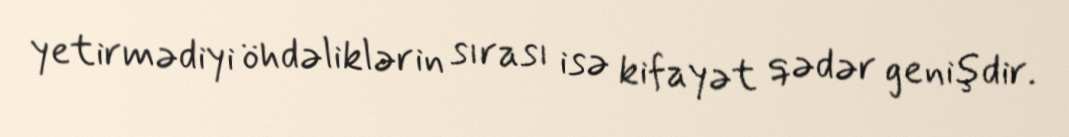
yetirmədiyi öhdəliklərin sırası isə kifayət qədər genişdir.